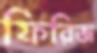
ফিরিজ